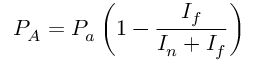
P _ { A } = P _ { a } \left( 1 - \frac { I _ { f } } { I _ { n } + I _ { f } } \right)